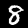
Label: 8